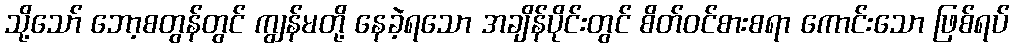
သို့သော် ဘော့စတွန်တွင် ကျွန်မတို့ နေခဲ့ရသော အချိန်ပိုင်းတွင် စိတ်ဝင်စားစရာ ကောင်းသော ဖြစ်ရပ်